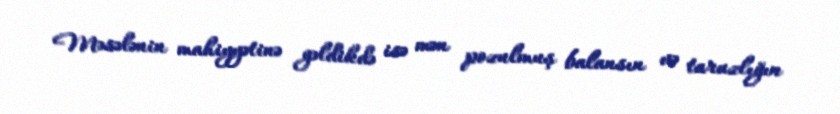
Məsələnin mahiyyətinə gəldikdə isə mən pozulmuş balansın və tarazlığın